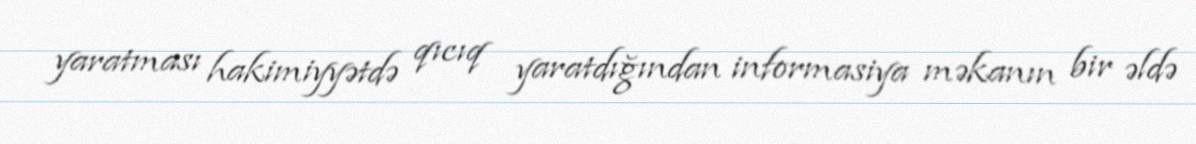
yaratması hakimiyyətdə qıcıq yaratdığından informasiya məkanın bir əldə